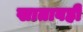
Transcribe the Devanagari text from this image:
खातावही